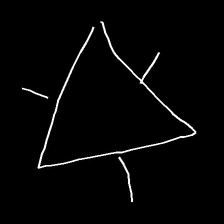
Glyph: fire